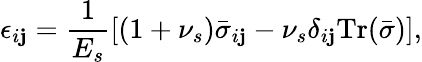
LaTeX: \epsilon_{i\mathbf{j}}=\frac{{1}}{{E_{s}}}\left[(1+\nu_{s})\bar{{\sigma}}_{i\mathbf{j}}-\nu_{s}\delta_{i\mathbf{j}}\mathrm{{Tr}}(\bar{{\sigma}})\right],